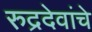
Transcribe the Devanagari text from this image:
रुद्रदेवांचे